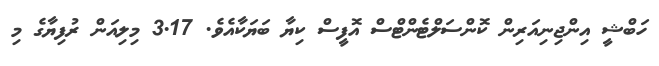
ހަބްޝީ އިންޖިނިއަރިން ކޮންސަލްޓެންޓްސް އޮފީސް ކިޔާ ބަޔަކާއެވެ. 3.17 މިލިއަން ރުފިޔާގެ މި